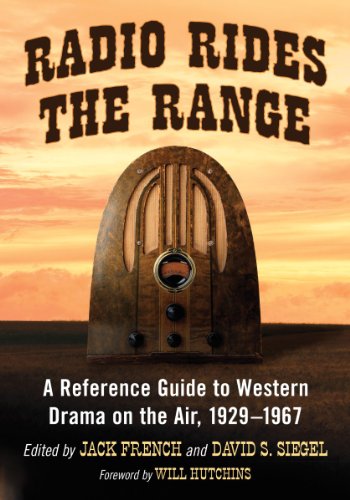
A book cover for Radio Rides the Range: A Reference Guide to Western Drama on the Air, 1929-1967; Jack French; Humor & Entertainment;